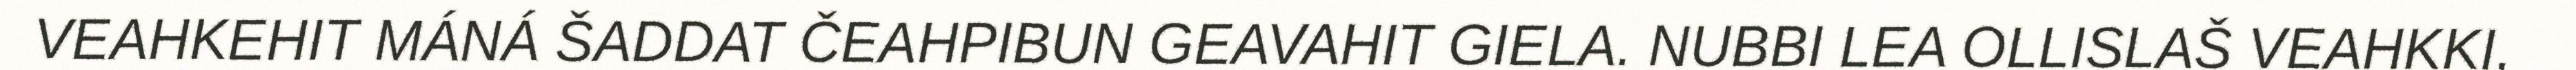
VEAHKEHIT MÁNÁ ŠADDAT ČEAHPIBUN GEAVAHIT GIELA. NUBBI LEA OLLISLAŠ VEAHKKI,